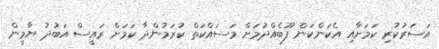
އަސަރުކުރި ކަމަށާއި އެކަންކަން ފޫބެއްދުމަށް މަސައްކަތް ކުރަމުންދާ ކަމަށް ރައީސް އަބުދު ޔާމީން